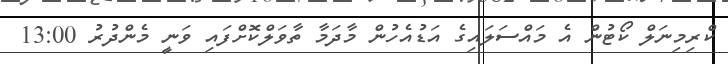
ކްރިމިނަލް ކޯޓުން އެ މައްސަލައިގެ އަޑުއެހުން މާދަމާ ތާވަލްކޮށްފައި ވަނީ މެންދުރު 13:00